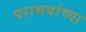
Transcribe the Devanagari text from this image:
पराभवांच्या